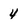
Character: 4